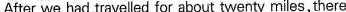
After we had traveled for about twenty miles, there